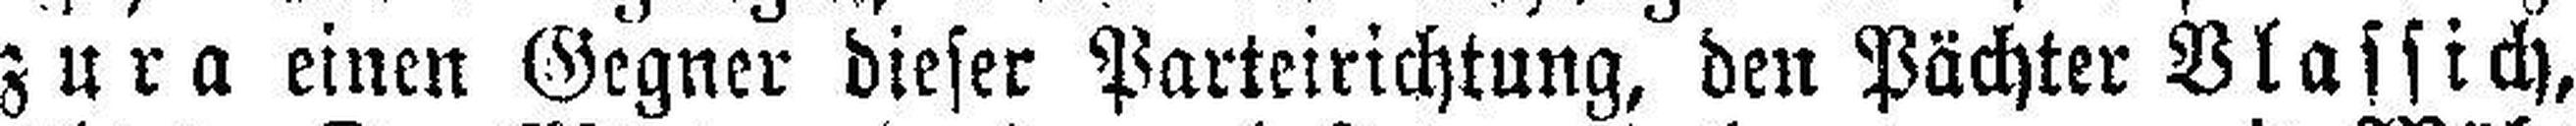
zura einen Gegner dieser Parteirichtung, den Pächter Vlassich,